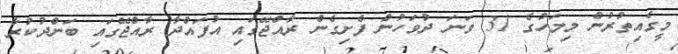
މީގެއިތުރުން މިމަހުގެ 31 ވަނަ ދުވަހުން ފެށިގެން ރާއްޖޭގައި އުފައްދާ ރާއްޖޭގައި ބަންދުކުރާ